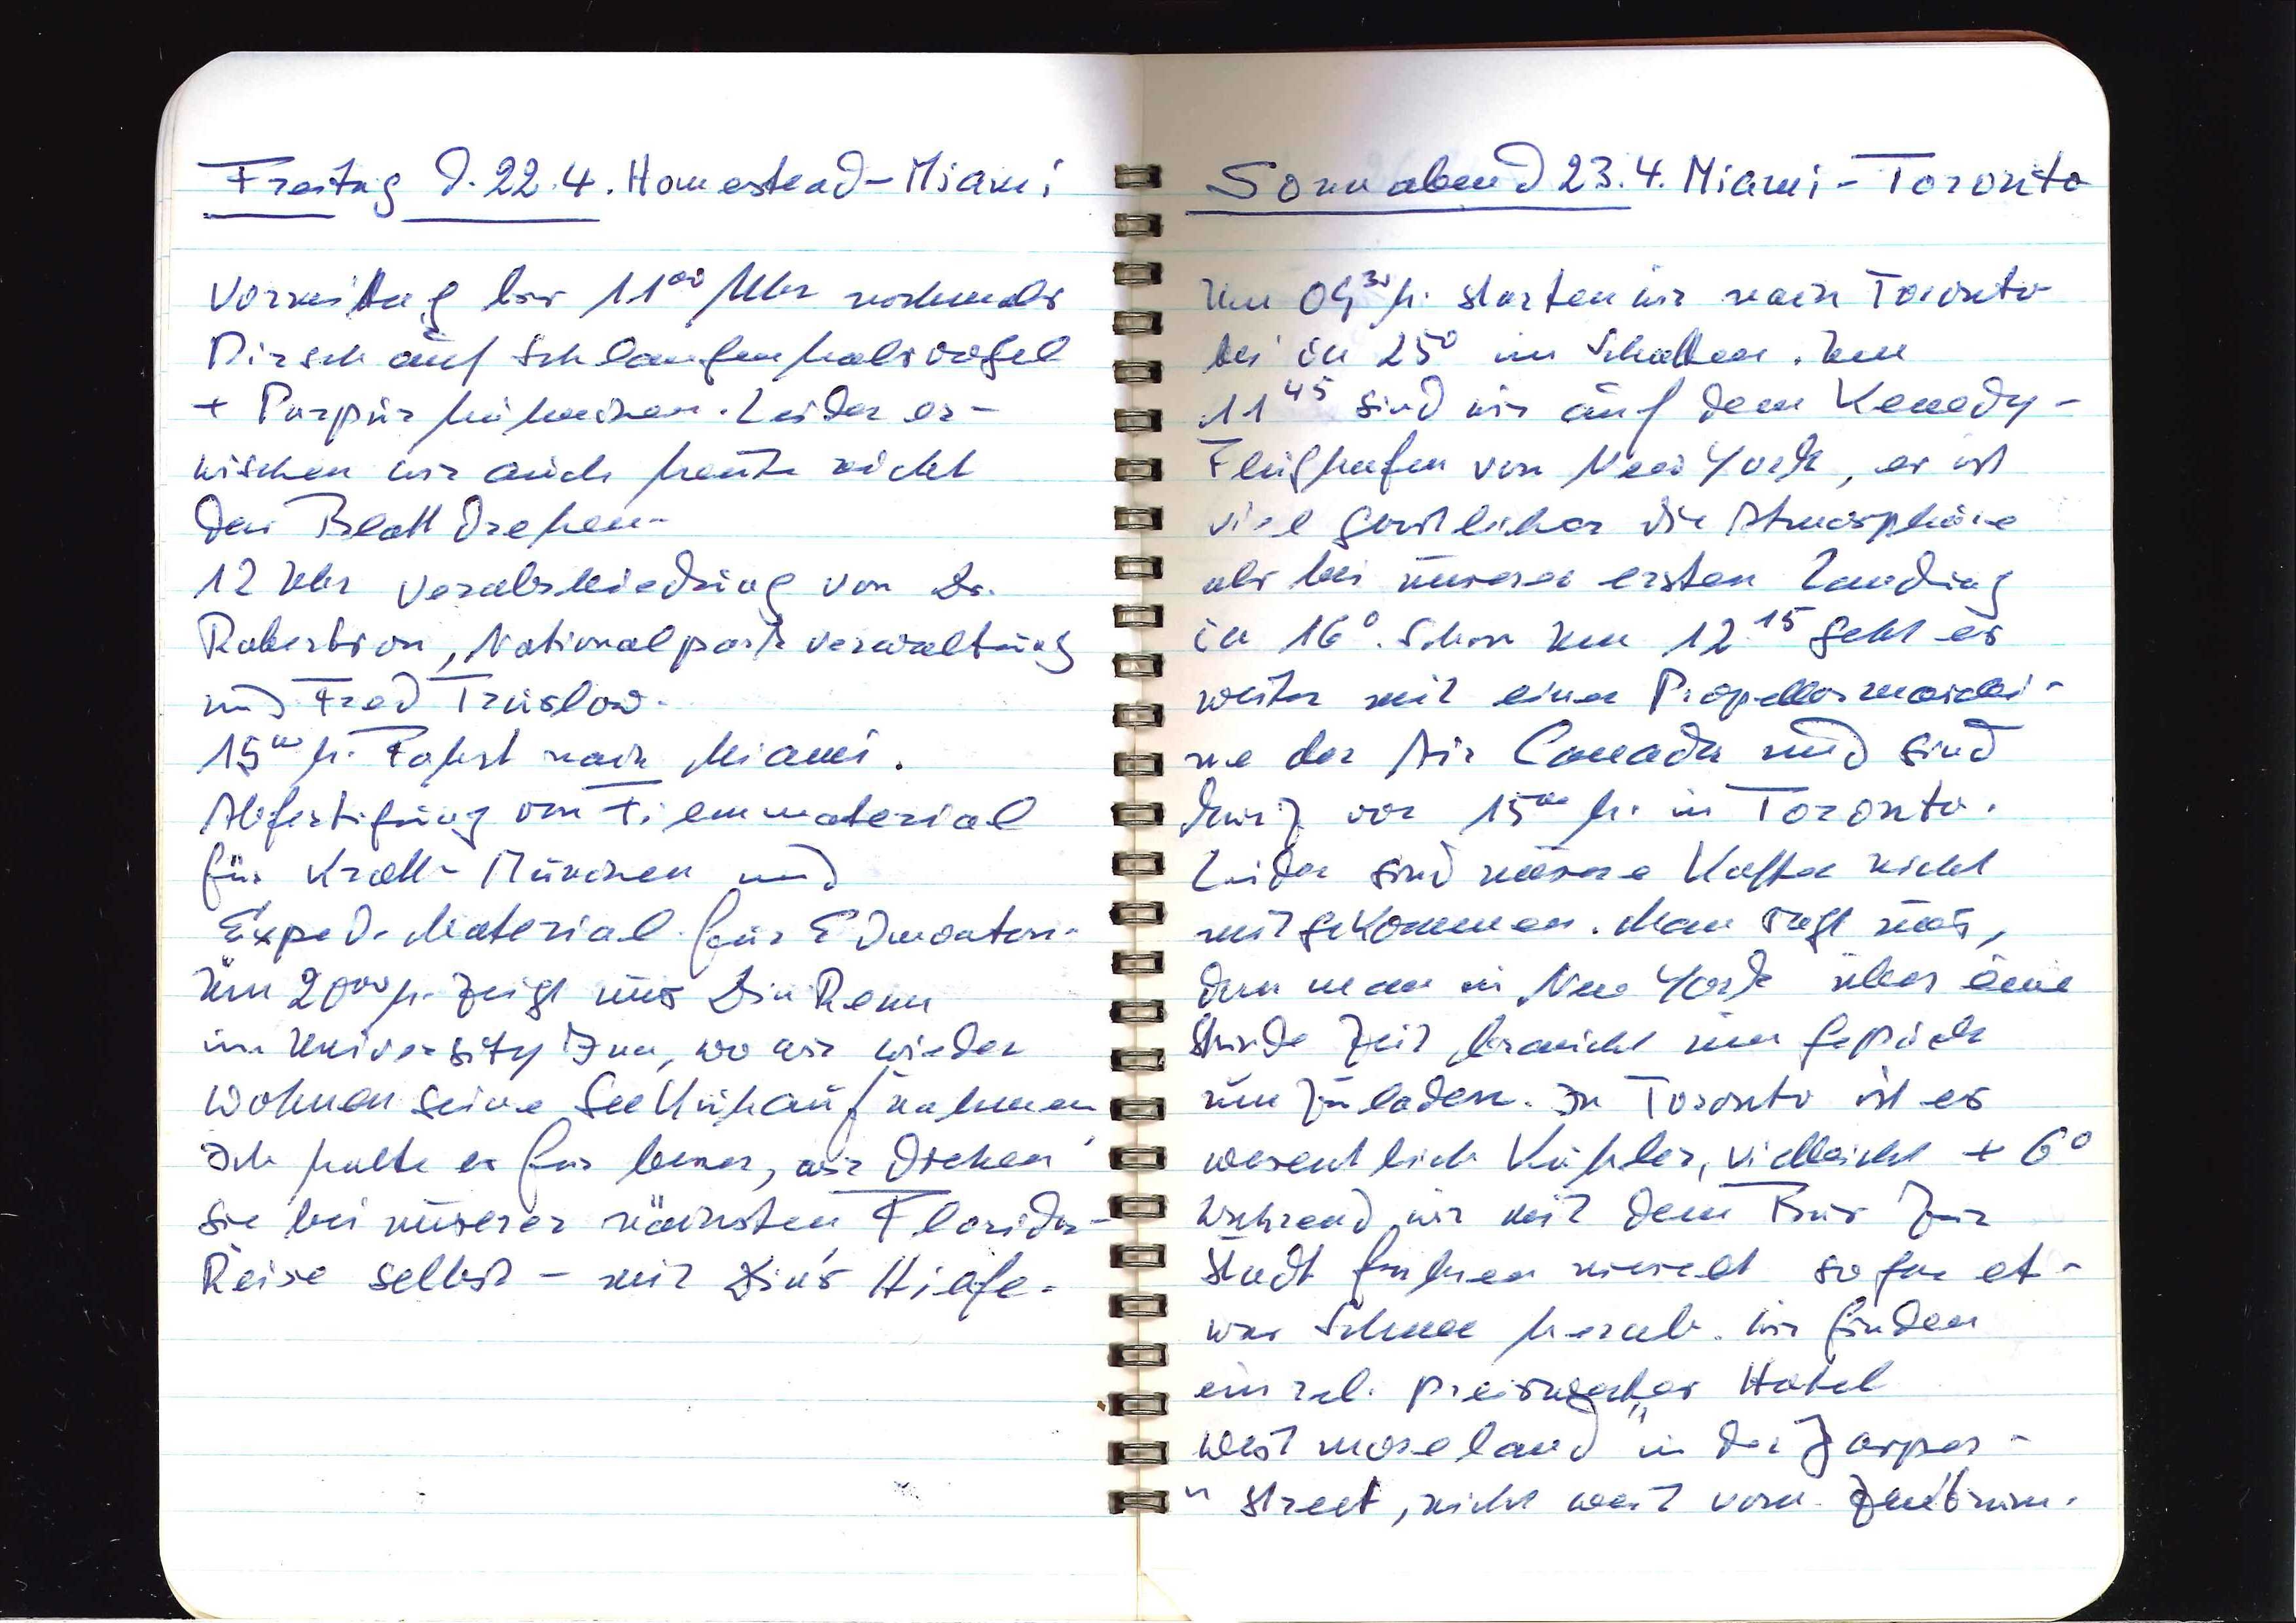
Freitag d. 22.4. Homestead — Miami
Vormittag bis 1100 Uhr nochmals
Pirsch auf Schlangenhalsvogel
+ Purpurhähnchen. Leider er¬
wischen wir auch heute nicht
das Blattdrehen.
12 Uhr Verabschiedung von Dr.
Robertson, Nationalparkverwaltung
und Fred Truslow.
1500 h. Fahrt nach Miami.
Abfertigung von Filmmaterial
für Krall-München und
Exped-Material für Edmonton.
Um 2000 h. zeigt uns Din Reza
im University Inn, wo wir wieder
wohnen seine Seekuhaufnahmen.
Ich halte es für besser, wir drehen
sie bei unserer nächsten Florida-
Reise selbst — mit Din's Hilfe.

Sonnabend d. 23.4. Miami — Toronto
Um 0930 h. starten wir nach Toronto
bei ca 25° im Schatten. Um
1145 sind wir auf dem Kennedy-
Flughafen von New York, es ist
viel gastlicher die Atmosphäre
als bei unserer ersten Landung
in 16°. Schon um 1215 geht es
weiter mit einer Propellermaschi¬
ne von der Air Canada und sind
kurz vor 1500 h. in Toronto.
Leider sind meine Koffer nicht
mitgekommen. Man sagt uns,
dass man in New York über eine
Stunde Zeit braucht um Gepäck
umzuladen. In Toronto ist es
wesentlich kühler, vielleicht +6°.
Während wir mit dem Bus zur
Stadt fahren rieselt sogar et¬
was Schnee herab. Wir finden
ein rel. preiswertes Hotel
"Westmoreland" in der Jasper-
Street, nicht weit vom Zentrum.